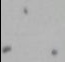
\therefore